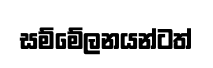
සම්මේලනයන්ටත්